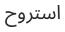
استروح